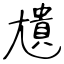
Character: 尵